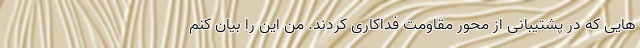
هایی که در پشتیبانی از محور مقاومت فداکاری کردند. من این را بیان کنم